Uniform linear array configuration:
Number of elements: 32
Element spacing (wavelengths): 0.5
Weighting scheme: kaiser
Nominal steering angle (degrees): -60
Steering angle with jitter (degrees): -61.8
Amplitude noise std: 0.05
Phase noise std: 0.05

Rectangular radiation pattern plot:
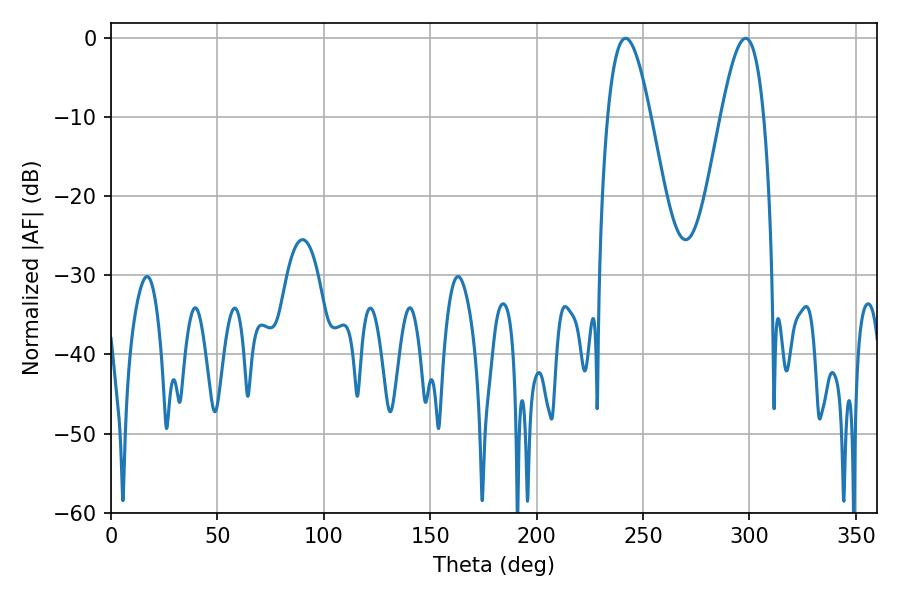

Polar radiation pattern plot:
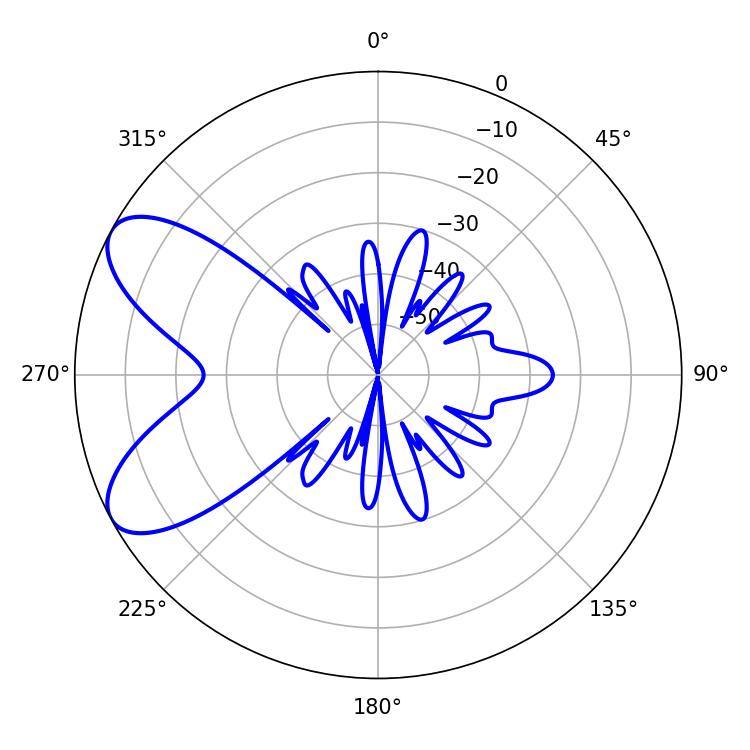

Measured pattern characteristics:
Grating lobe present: FALSE
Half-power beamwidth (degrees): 10.8
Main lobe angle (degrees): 241.74